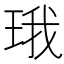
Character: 珴